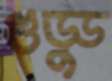
গুড্ডু